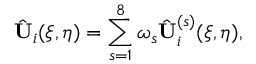
\hat { \mathbf { U } } _ { i } ( \xi , \eta ) = \sum _ { s = 1 } ^ { 8 } \omega _ { s } \hat { \mathbf { U } } _ { i } ^ { ( s ) } ( \xi , \eta ) ,